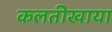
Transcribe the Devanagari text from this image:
कलतीखाया